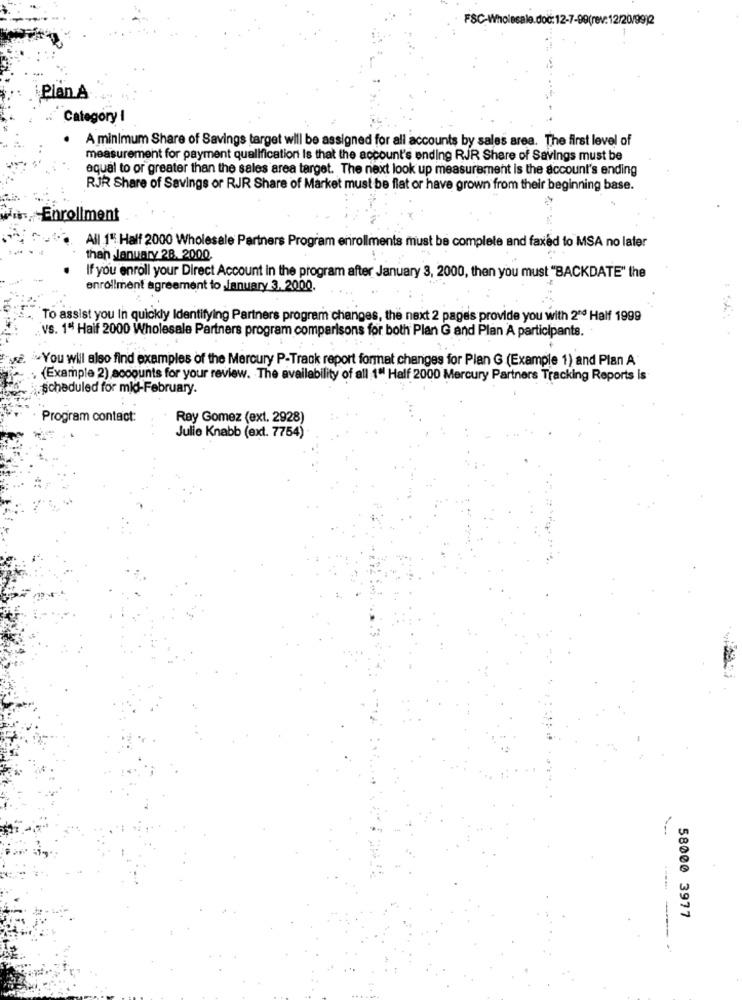
FSC-Wholesale.doc: 12-7-99(rev: 12/20/99)2
Plan A
Category I
A minimum Share of Savings target will be assigned for all accounts by sales area. The first level of
measurement for payment qualification Is that the account's ending RJR Share of Savings must be
equal to or greater than the sales area target. The next look up measurement is the account's ending
RJR Share of Savings or RJR Share of Market must be flat or have grown from their beginning base.
nrollment
All 1" Half 2000 Wholesale Partners Program enrollments must be complete and faxed to MSA no later
than January 28, 2000
If you enroll your Direct Account in the program after January 3, 2000, then you must "BACKDATE" the
enrollment agreement to January 3, 2000.
"To assist you In quickly Identifying Partners program changes, the next 2 pages provide you with 2ºº Half 1999
vs. 1" Haif 2000 Wholesale Partners program comparisons for both Plan G and Plan A participants.
You wil also find examples of the Mercury P-Track report format changes for Plan G (Example 1) and Plan A
(Example 2) accounts for your review. The availability of all 1" Half 2000 Mercury Partners Tracking Reports is
.scheduled for mid-February.
Program contact:
Rey Gomez (ext. 2928)
Julie Knabb (ext. 7754)
58000 3977